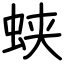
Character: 蛱